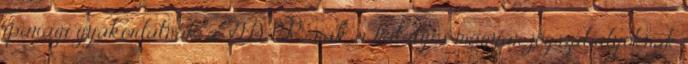
iparági gyakorlatnak, a GDPR- nak, a hatályos magyar jogszabályoknak